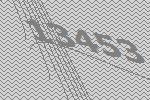
13453